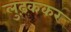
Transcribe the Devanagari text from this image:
लुढ़ककर